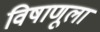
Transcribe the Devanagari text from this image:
विषाणूला